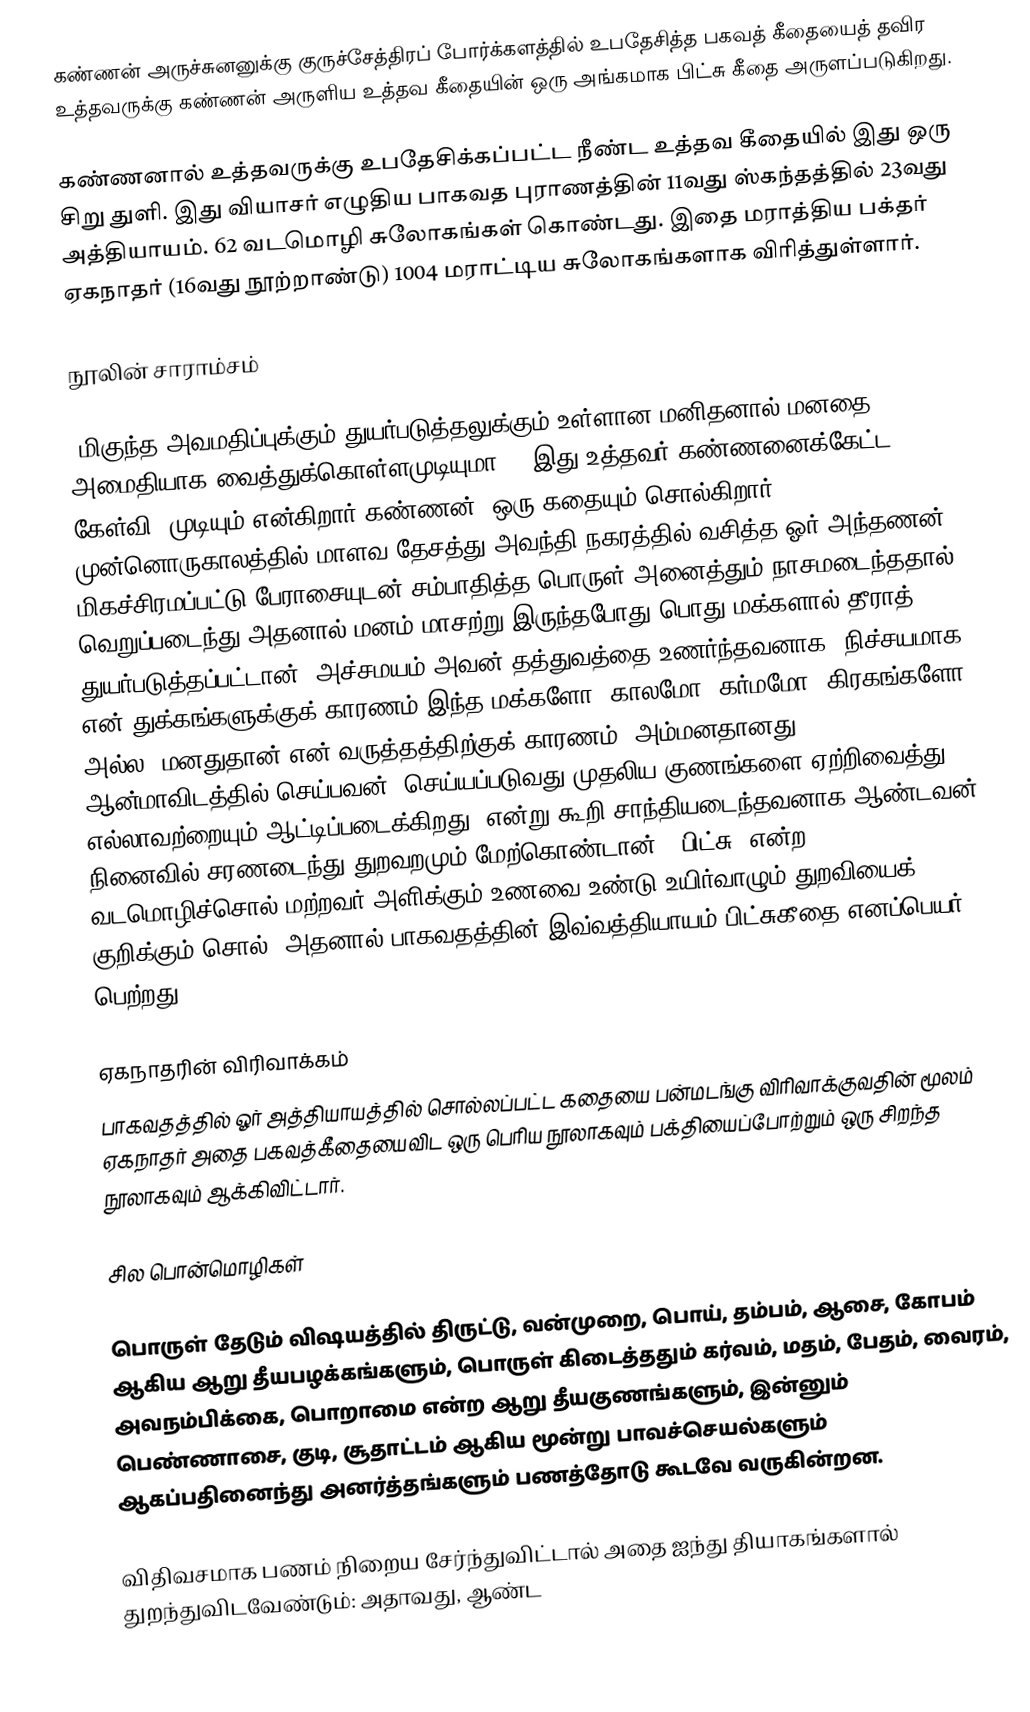
கண்ணன் அருச்சுனனுக்கு குருச்சேத்திரப் போர்க்களத்தில் உபதேசித்த பகவத் கீதையைத் தவிர  உத்தவருக்கு கண்ணன் அருளிய உத்தவ கீதையின் ஒரு அங்கமாக பிட்சு கீதை அருளப்படுகிறது.

கண்ணனால் உத்தவருக்கு உபதேசிக்கப்பட்ட நீண்ட உத்தவ கீதையில் இது ஒரு சிறு துளி. இது வியாசர் எழுதிய  பாகவத புராணத்தின் 11வது ஸ்கந்தத்தில் 23வது அத்தியாயம்.  62 வடமொழி சுலோகங்கள் கொண்டது. இதை மராத்திய பக்தர் ஏகநாதர் (16வது நூற்றாண்டு) 1004 மராட்டிய சுலோகங்களாக விரித்துள்ளார்.

நூலின் சாராம்சம்

'மிகுந்த அவமதிப்புக்கும் துயர்படுத்தலுக்கும் உள்ளான மனிதனால் மனதை அமைதியாக வைத்துக்கொள்ளமுடியுமா?'. இது உத்தவர் கண்ணனைக்கேட்ட கேள்வி. முடியும் என்கிறார் கண்ணன். ஒரு கதையும் சொல்கிறார். முன்னொருகாலத்தில் மாளவ தேசத்து அவந்தி நகரத்தில் வசித்த ஓர் அந்தணன் மிகச்சிரமப்பட்டு பேராசையுடன் சம்பாதித்த பொருள் அனைத்தும் நாசமடைந்ததால் வெறுப்படைந்து அதனால் மனம் மாசற்று இருந்தபோது பொது மக்களால் தீராத் துயர்படுத்தப்பட்டான். அச்சமயம் அவன் தத்துவத்தை உணர்ந்தவனாக  'நிச்சயமாக என் துக்கங்களுக்குக் காரணம் இந்த மக்களோ, காலமோ, கர்மமோ, கிரகங்களோ அல்ல. மனதுதான் என் வருத்தத்திற்குக் காரணம். அம்மனதானது ஆன்மாவிடத்தில் செய்பவன், செய்யப்படுவது முதலிய குணங்களை ஏற்றிவைத்து எல்லாவற்றையும் ஆட்டிப்படைக்கிறது'  என்று கூறி சாந்தியடைந்தவனாக ஆண்டவன் நினைவில் சரணடைந்து துறவறமும் மேற்கொண்டான். 'பிட்சு' என்ற வடமொழிச்சொல் மற்றவர் அளிக்கும் உணவை உண்டு உயிர்வாழும் துறவியைக் குறிக்கும் சொல். அதனால் பாகவதத்தின் இவ்வத்தியாயம் பிட்சுகீதை எனப்பெயர் பெற்றது.

ஏகநாதரின் விரிவாக்கம்
பாகவதத்தில் ஓர் அத்தியாயத்தில் சொல்லப்பட்ட கதையை பன்மடங்கு விரிவாக்குவதின் மூலம் ஏகநாதர்  அதை பகவத்கீதையைவிட ஒரு பெரிய நூலாகவும் பக்தியைப்போற்றும் ஒரு சிறந்த நூலாகவும் ஆக்கிவிட்டார்.

சில பொன்மொழிகள்

பொருள் தேடும் விஷயத்தில் திருட்டு, வன்முறை, பொய், தம்பம், ஆசை, கோபம் ஆகிய ஆறு தீயபழக்கங்களும், பொருள் கிடைத்ததும் கர்வம், மதம், பேதம், வைரம், அவநம்பிக்கை, பொறாமை என்ற ஆறு தீயகுணங்களும், இன்னும் பெண்ணாசை, குடி, சூதாட்டம் ஆகிய மூன்று பாவச்செயல்களும் ஆகப்பதினைந்து அனர்த்தங்களும் பணத்தோடு கூடவே வருகின்றன.

விதிவசமாக பணம் நிறைய சேர்ந்துவிட்டால் அதை ஐந்து தியாகங்களால் துறந்துவிடவேண்டும்: அதாவது, ஆண்ட